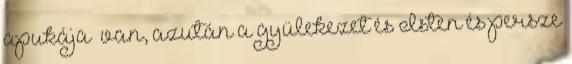
apukája” van, azután a gyülekezet és Isten és persze